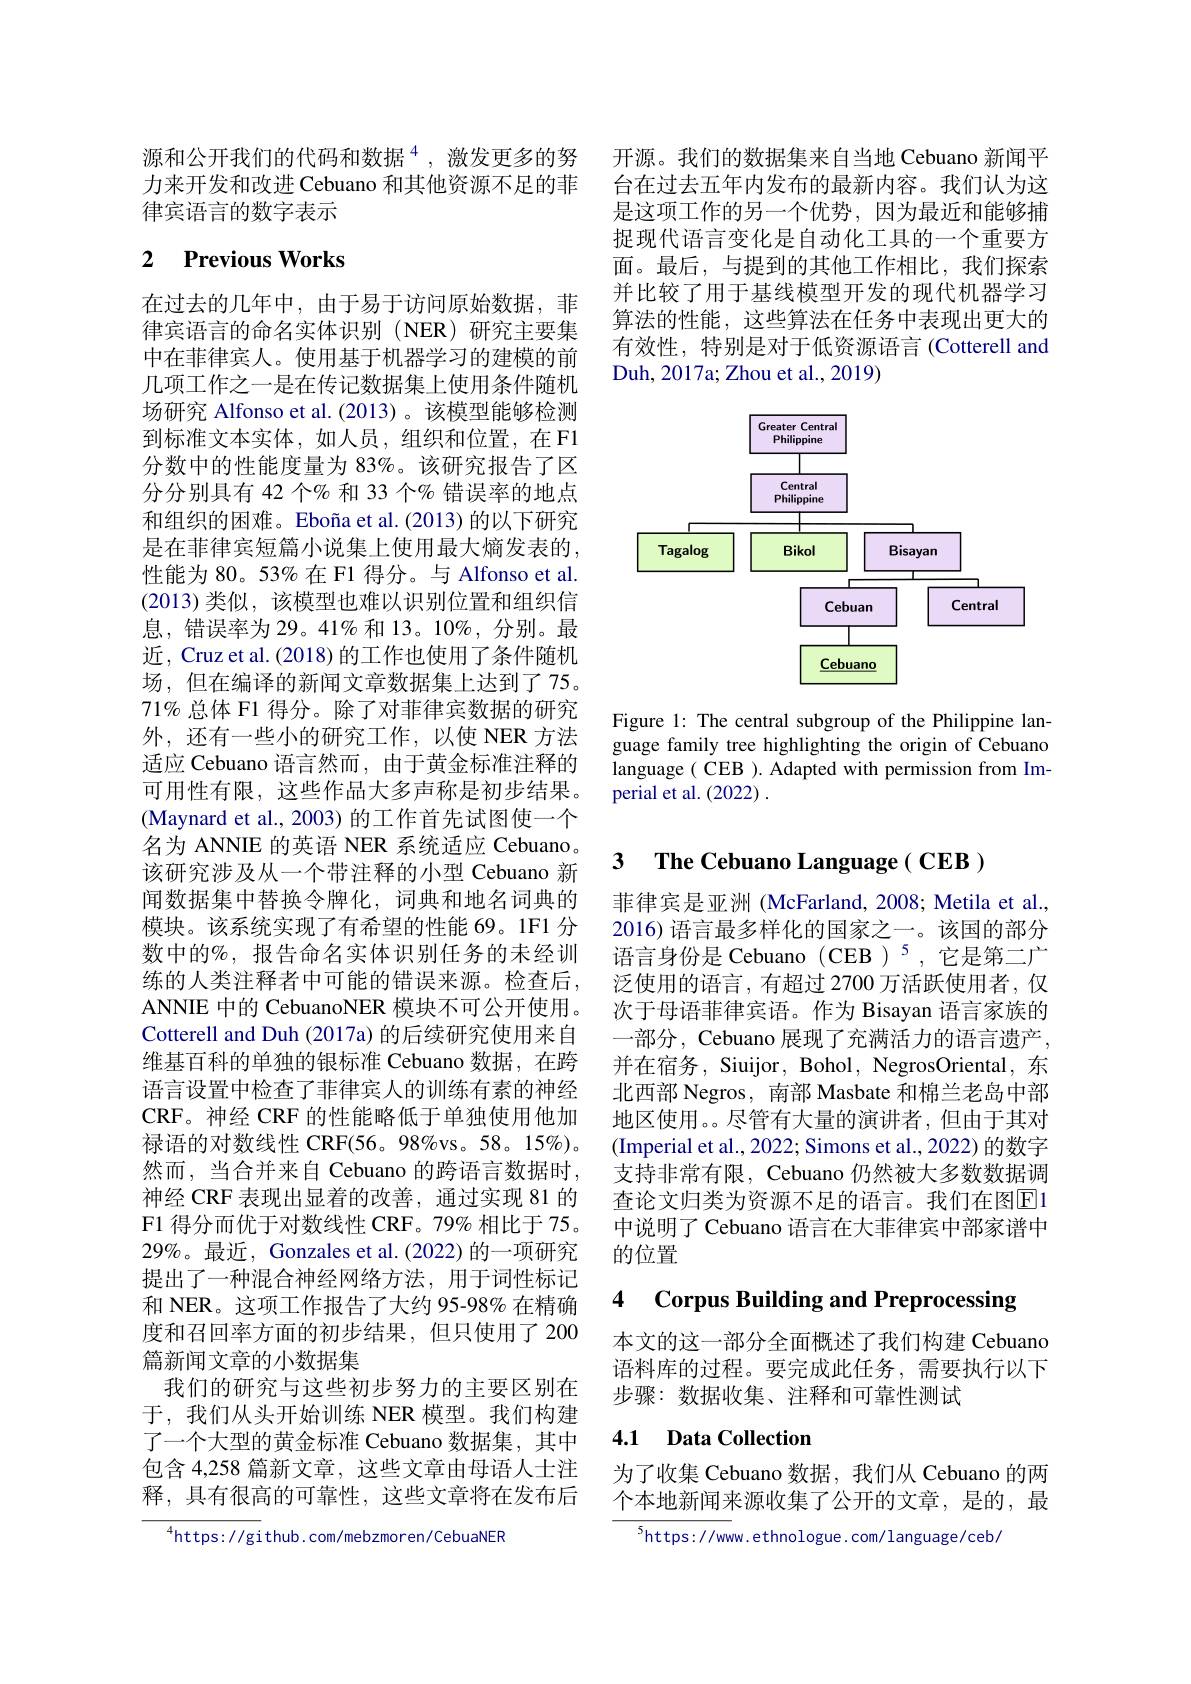
源和公开我们的代码和数据$^{4}$,激发更多的努力来开发和改进 Cebuano 和其他资源不足的菲律宾语言的数字表示

# 2 Previous Works

在过去的几年中，由于易于访问原始数据，菲律宾语言的命名实体识别(NER)研究主要集中在菲律宾人。使用基于机器学习的建模的前几项工作之一是在传记数据集上使用条件随机场研究 Alfonso et al.(2013)。该模型能够检测到标准文本实体，如人员，组织和位置，在F1分数中的性能度量为 83%。该研究报告了区分分别具有 42 个% 和 33 个% 错误率的地点和组织的困难。Eboña et al.(2013) 的以下研究是在菲律宾短篇小说集上使用最大熵发表的， 性能为 80。53% 在 F1 得分。与 Alfonso et al. (2013)类似，该模型也难以识别位置和组织信息，错误率为 29。41% 和 13。10%,分别。最近，Cruz et al. (2018) 的工作也使用了条件随机场，但在编译的新闻文章数据集上达到了75。71% 总体 F1 得分。除了对菲律宾数据的研究外，还有一些小的研究工作，以使 NER 方法适应 Cebuano 语言然而，由于黄金标准注释的可用性有限，这些作品大多声称是初步结果。(Maynard et al., 2003) 的工作首先试图使一个名为 ANNIE 的英语 NER 系统适应 Cebuano。该研究涉及从一个带注释的小型 Cebuano 新闻数据集中替换令牌化，词典和地名词典的模块。该系统实现了有希望的性能 69。1F1 分数中的%, 报告命名实体识别任务的未经训练的人类注释者中可能的错误来源。检查后， ANNIE 中的 CebuanoNER 模块不可公开使用。Cotterell and Duh (2017a) 的后续研究使用来自维基百科的单独的银标准 Cebuano 数据 ,在跨语言设置中检查了菲律宾人的训练有素的神经CRF。神经 CRF 的性能略低于单独使用他加禄语的对数线性 CRF(56。98%vs。58。15%)。然而，当合并来自 Cebuano 的跨语言数据时， 神经 CRF 表现出显着的改善，通过实现 81 的F1 得分而优于对数线性 CRF。79% 相比于 75。$29\%$。最近，Gonzales et al.(2022) 的一项研究提出了一种混合神经网络方法，用于词性标记和 NER。这项工作报告了大约 95-98% 在精确度和召回率方面的初步结果，但只使用了 200篇新闻文章的小数据集
我们的研究与这些初步努力的主要区别在于，我们从头开始训练 NER 模型。我们构建了一个大型的黄金标准 Cebuano 数据集，其中包含 4,258 篇新文章，这些文章由母语人士注释，具有很高的可靠性，这些文章将在发布后
$^{4}$https://github.com/mebzmoren/CebuaNER

开源。我们的数据集来自当地 Cebuano 新闻平台在过去五年内发布的最新内容。我们认为这是这项工作的另一个优势，因为最近和能够捕捉现代语言变化是自动化工具的一个重要方面。最后，与提到的其他工作相比，我们探索并比较了用于基线模型开发的现代机器学习算法的性能，这些算法在任务中表现出更大的有效性，特别是对于低资源语言 (Cotterell and Duh, 2017a; Zhou et al., 2019)

<FigureHere>

Figure 1: The central subgroup of the Philippine language family tree highlighting the origin of Cebuano language ( CEB ). Adapted with permission from Imperial et al. (2022) .

## 3 The Cebuano Language( CEB )

菲律宾是亚洲 (McFarland, 2008; Metila et al., 2016) 语言最多样化的国家之一。该国的部分语言身份是 Cebuano (CEB)$^{5}$,它是第二广泛使用的语言，有超过 2700 万活跃使用者，仅次于母语菲律宾语。作为 Bisayan 语言家族的一部分，Cebuano 展现了充满活力的语言遗产， 并在宿务，Siuijor, Bohol, NegrosOriental, 东北西部 Negros, 南部 Masbate 和棉兰老岛中部地区使用。。尽管有大量的演讲者，但由于其对(Imperial et al., 2022; Simons et al., 2022) 的数字支持非常有限，Cebuano 仍然被大多数数据调查论文归类为资源不足的语言。我们在图$\overline{\mathrm{E}}$1中说明了 Cebuano 语言在大菲律宾中部家谱中的位置

### 4 $\textbf{Corpus Building and Preprocessing}$

本文的这一部分全面概述了我们构建 Cebuano 语料库的过程。要完成此任务，需要执行以下步骤：数据收集、注释和可靠性测试

## 4.1 Data Collection

为了收集 Cebuano 数据，我们从 Cebuano 的两个本地新闻来源收集了公开的文章，是的，最

$^5$https://www.ethnologue.com/language/ceb/